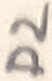
Text: D2